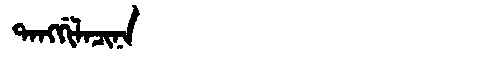
Manchu: ᡨᠠᠩᡤᡳᠯᠠᠴᡳᠨᠠ
Romanization: TANGGILACINA